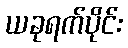
ယခုရက်ပိုင်း